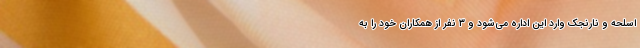
اسلحه و نارنجک وارد این اداره می‌شود و ۳ نفر از همکاران خود را به